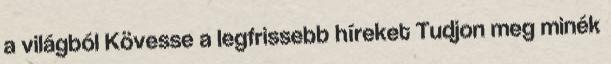
a világból Kövesse a legfrissebb híreket Tudjon meg minék